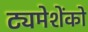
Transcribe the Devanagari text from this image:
ट्यमेशेंको